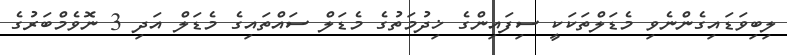
ލިބިވަޑައިގެންނެވި މެޑަލްތަކަކީ ސިފައިންގެ ޚިދުމަތުގެ މެޑަލް ސައްތައިގެ މެޑަލް އަދި 3 ނޮވެމްބަރުގެ